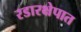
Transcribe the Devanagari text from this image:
रडारक्षेपात